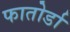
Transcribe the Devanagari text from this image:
फातोर्डा